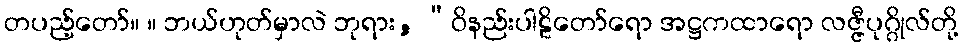
တပည့်တော်။ ။ ဘယ်ဟုတ်မှာလဲ ဘုရား, “ဝိနည်းပါဠိတော်ရော အဋ္ဌကထာရော လဇ္ဇီပုဂ္ဂိုလ်တို့